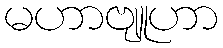
မဟာဗျူဟာ